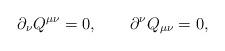
LaTeX: \begin{align*}\partial_{\nu}Q^{\mu\nu}=0,\qquad\partial^{\nu}Q_{\mu\nu}=0,\end{align*}